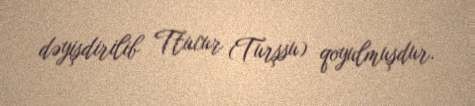
dəyişdirilib Ttucur (Turşsu) qoyulmuşdur.